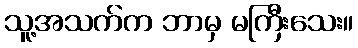
သူ့အသက်က ဘာမှ မကြီးသေး။